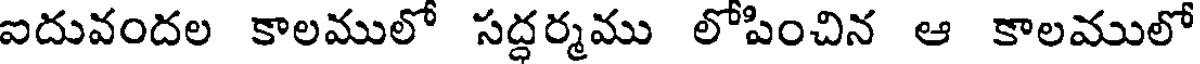
ఐదువందల కాలములో సద్ధర్మము లోపించిన ఆ కాలములో